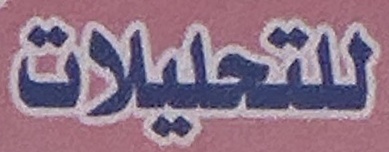
للتحلیلات